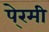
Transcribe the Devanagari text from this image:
पे्रमी